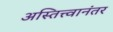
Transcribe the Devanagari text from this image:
अस्तित्त्वानंतर